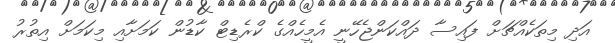
އަދި މިތަކެއްޗަށް ފައިސާ ދައްކަންޖެހޭނީ އެމީހެއްގެ ކްރެޑިޓް ކާޑުން ކަމަށާއި މިކަމަށް އިތުރު